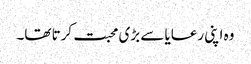
وہ اپنی رعایا سے بڑی محبت کرتا تھا۔